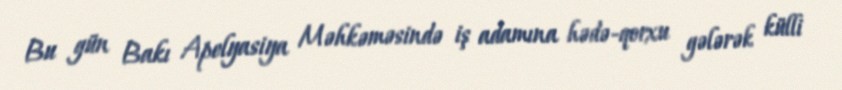
Bu gün Bakı Apelyasiya Məhkəməsində iş adamına hədə-qorxu gələrək külli